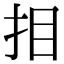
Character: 𢪷